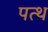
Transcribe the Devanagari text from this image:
पत्थ